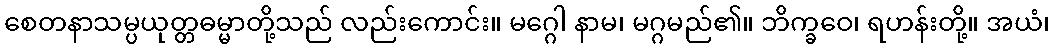
စေတနာသမ္ပယုတ္တဓမ္မာတို့သည် လည်းကောင်း။ မဂ္ဂေါ နာမ၊ မဂ္ဂမည်၏။ ဘိက္ခဝေ၊ ရဟန်းတို့။ အယံ၊